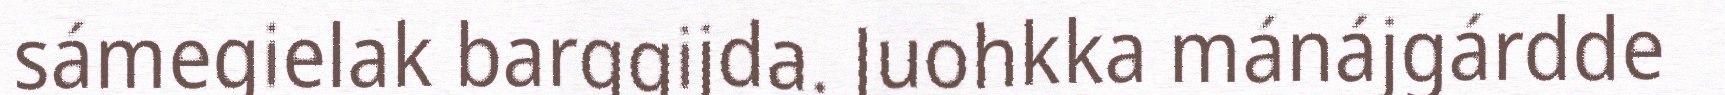
sámegielak barggijda. Juohkka mánájgárdde